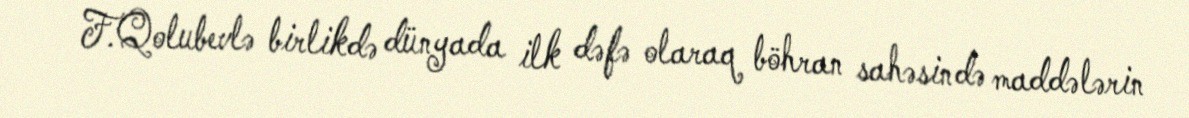
F.Qolubevlə birlikdə dünyada ilk dəfə olaraq böhran sahəsində maddələrin